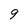
Character: g